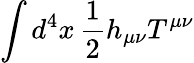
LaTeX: \int d^{4}x\, {\frac{1}{2}}h_{\mu\nu}T^{\mu\nu}